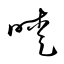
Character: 曖